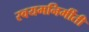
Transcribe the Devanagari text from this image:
स्वयमनिर्मीती